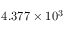
4 . 3 7 7 \times 1 0 ^ { 3 }